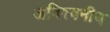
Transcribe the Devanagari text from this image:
अविश्वनीय